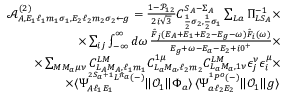
\begin{array} { r l r } & { } & { \mathcal { A } _ { A , E _ { 1 } \ell _ { 1 } m _ { 1 } \sigma _ { 1 } , E _ { 2 } \ell _ { 2 } m _ { 2 } \sigma _ { 2 } \gets g } ^ { ( 2 ) } = \frac { 1 - \mathcal { P } _ { 1 2 } } { 2 i \sqrt { 3 } } C _ { \frac { 1 } { 2 } \sigma _ { 2 } , \frac { 1 } { 2 } \sigma _ { 1 } } ^ { S _ { A } - \Sigma _ { A } } \sum _ { L a } \Pi _ { L S _ { A } } ^ { - 1 } \times } \\ & { } & { \qquad \times \sum _ { i j } \int _ { - \infty } ^ { \infty } d \omega \, \frac { \tilde { F } _ { j } ( E _ { A } + E _ { 1 } + E _ { 2 } - E _ { g } - \omega ) \tilde { F } _ { i } ( \omega ) } { E _ { g } + \omega - E _ { a } - E _ { 2 } + i 0 ^ { + } } \times } \\ & { } & { \qquad \times \sum _ { M M _ { a } \mu \nu } C _ { L _ { A } M _ { A } , \ell _ { 1 } m _ { 1 } } ^ { L M } C _ { L _ { a } M _ { a } , \ell _ { 2 } m _ { 2 } } ^ { 1 \mu } C _ { L _ { a } M _ { a } , 1 \nu } ^ { L M } \epsilon _ { j } ^ { \nu } \epsilon _ { i } ^ { \mu } \times } \\ & { } & { \qquad \times \langle \Psi _ { A \ell _ { 1 } E _ { 1 } } ^ { ^ { 2 S _ { a } + 1 } L ^ { \bar { \pi } _ { a } } ( - ) } \| \mathcal { O } _ { 1 } \| \Phi _ { a } \rangle \, \langle \Psi _ { a \ell _ { 2 } E _ { 2 } } ^ { { ^ 1 P ^ { o } } ( - ) } \| \mathcal { O } _ { 1 } \| g \rangle \, } \end{array}